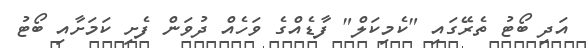
އަދި ބޯޓު ތެރޭގައި "ކެމިކަލް" ފާޑެއްގެ ވަހެއް ދުވަން ފެށި ކަމަށާއި ބޯޓު